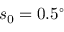
s _ { 0 } = 0 . 5 ^ { \circ }